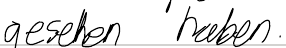
gesehen haben.